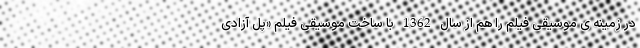
در زمینه ی موسیقی فیلم را هم از سال 1362 با ساخت موسیقی فیلم «پل آزادی